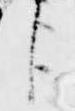
臣